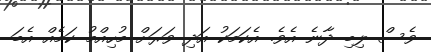
ވެސް ލިބި ދާނެ އެވެ. އެކަމަކު އަދި ވަރަށް މުހިއްމު ކަމެއް އެބަ